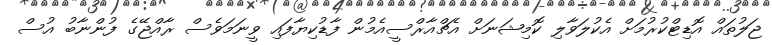
ޖަލުތައް އޮޑިޓްކުރުމަށް އެކުލަވާލި ކޮމިޝަނަށް އެޗްއާރްސީއެމުން ފާޑުކިޔާފައި ވީނަމަވެސް ރާއްޖޭގެ ފުންނާބު އުސް